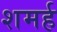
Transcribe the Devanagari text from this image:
शमर्ह